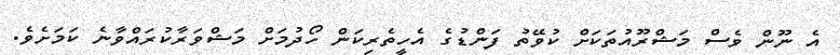
އެ ނޫން ވެސް މަޝްރޫއުތަކަށް ކުވޭތު ފަންޑުގެ އެހީތެރިކަން ހޯދުމަށް މަޝްވަރާކުރައްވާނެ ކަމަށެވެ.